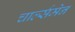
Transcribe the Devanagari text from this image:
चार्ल्समेन